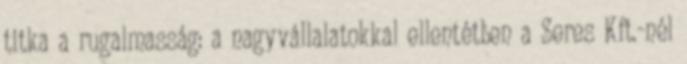
titka a rugalmasság: a nagyvállalatokkal ellentétben a Seres Kft.-nél